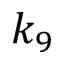
k _ { 9 }